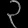
Digit: ၃